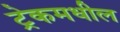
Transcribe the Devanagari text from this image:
ट्रेकमधील